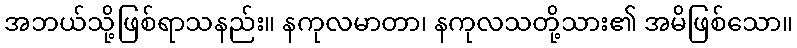
အဘယ်သို့ဖြစ်ရာသနည်း။ နကုလမာတာ၊ နကုလသတို့သား၏ အမိဖြစ်သော။